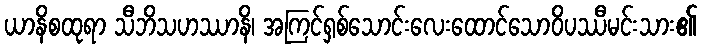
ယာနိစထုရာ သီဘိသဟဿာနိ၊ အကြင်ရှစ်သောင်းလေးထောင်သောဝိပဿီမင်းသား၏